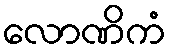
လောဏိကံ